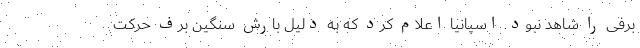
برفی را شاهد نبود. اسپانیا اعلام کرد که به دلیل بارش سنگین برف حرکت